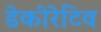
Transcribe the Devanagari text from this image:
डेकोरेटिव